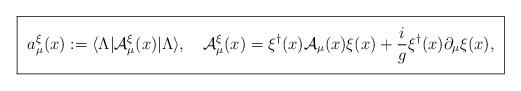
LaTeX: \begin{align*}\mbox{\fboxsep=.1in \framebox{$\displaystyle a_\mu^{\xi}(x) := \langle \Lambda | {\cal A}_\mu^\xi(x) |\Lambda \rangle , \quad {\cal A}_\mu^\xi(x) = \xi^\dagger(x) {\cal A}_\mu(x) \xi(x) + {i \over g} \xi^\dagger(x) \partial_\mu \xi(x) ,$}}\end{align*}